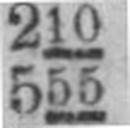
555